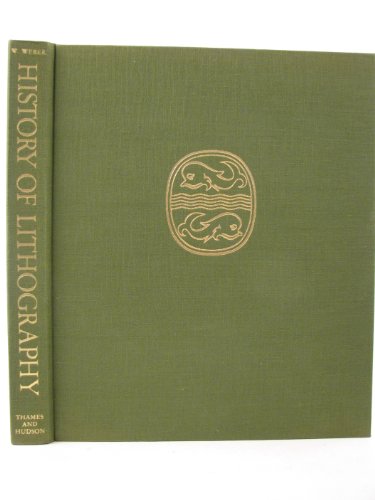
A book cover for History of Lithography; Wilhelm. WEBER; Arts & Photography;